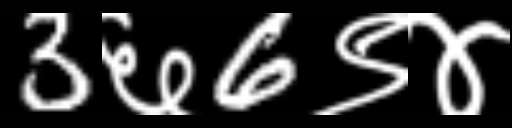
Text: 3६6९४